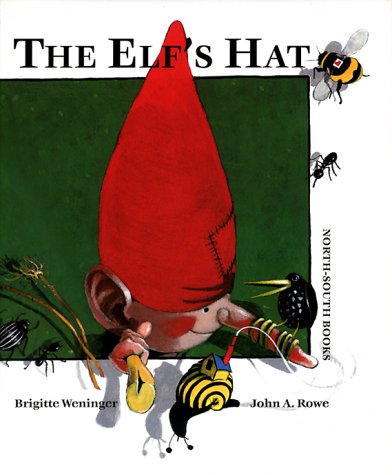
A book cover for The Elf's Hat; Brigitte Weninger; Children's Books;